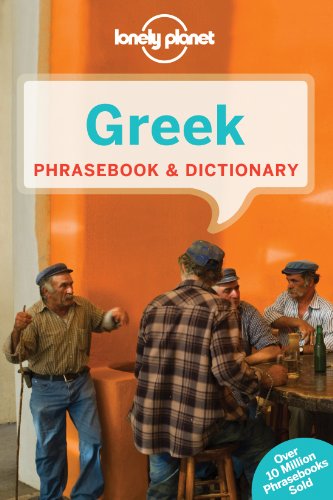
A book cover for Lonely Planet Greek Phrasebook & Dictionary; Lonely Planet; Travel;